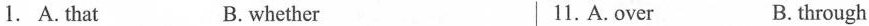
1. A. that B. whether 11. A. over B. through